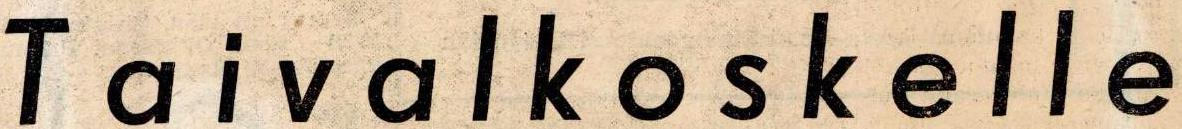
Taivalkoskelle